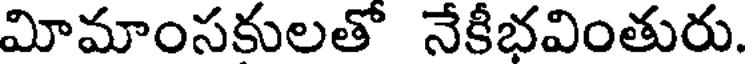
మోమాంసకులతో నేకీభవింతురు.